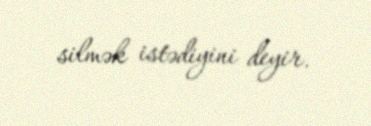
silmək istədiyini deyir.